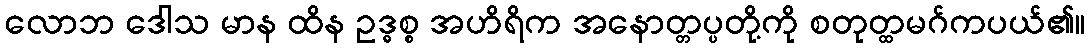
လောဘ ဒေါသ မာန ထိန ဥဒ္ဓစ္စ အဟိရိက အနောတ္တပ္ပတို့ကို စတုတ္ထမဂ်ကပယ်၏။